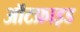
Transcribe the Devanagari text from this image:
ऑटफ्राइड